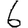
Digit: 6